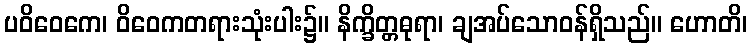
ပဝိဝေကေ၊ ဝိဝေကတရားသုံးပါး၌။ နိက္ခိတ္တဓုရာ၊ ချအပ်သောဝန်ရှိသည်။ ဟောတိ၊